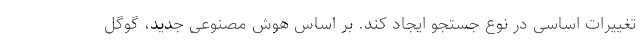
تغییرات اساسی در نوع جستجو ایجاد کند. بر اساس هوش مصنوعی جدید، گوگل